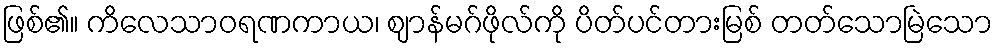
ဖြစ်၏။ ကိလေသာဝရဏကာယ၊ ဈာန်မဂ်ဖိုလ်ကို ပိတ်ပင်တားမြစ် တတ်သောမြဲသော